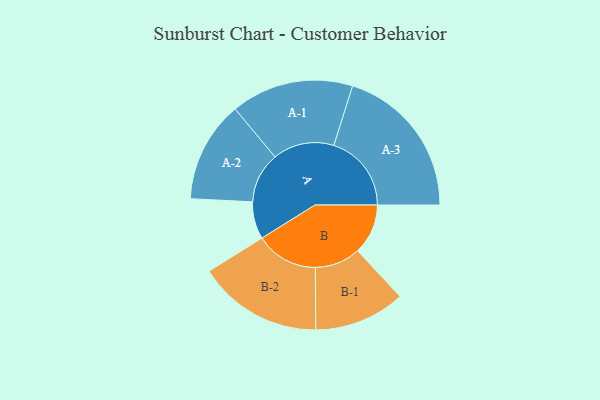
{"axis": {"x": "Segment", "y": "Value"}, "legend": ["", "A", "B"], "data": [{"x": "A", "y": 126, "type": ""}, {"x": "B", "y": 170, "type": ""}, {"x": "A-1", "y": 207, "type": "A"}, {"x": "A-2", "y": 171, "type": "A"}, {"x": "A-3", "y": 262, "type": "A"}, {"x": "B-1", "y": 154, "type": "B"}, {"x": "B-2", "y": 211, "type": "B"}]}